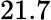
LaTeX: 21.7